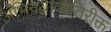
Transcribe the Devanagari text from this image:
अभिनयाव्यतिरीक्त